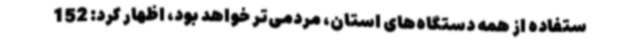
ستفاده از همه دستگاه‌های استان، مردمی‌تر خواهد بود، اظهار کرد: 152